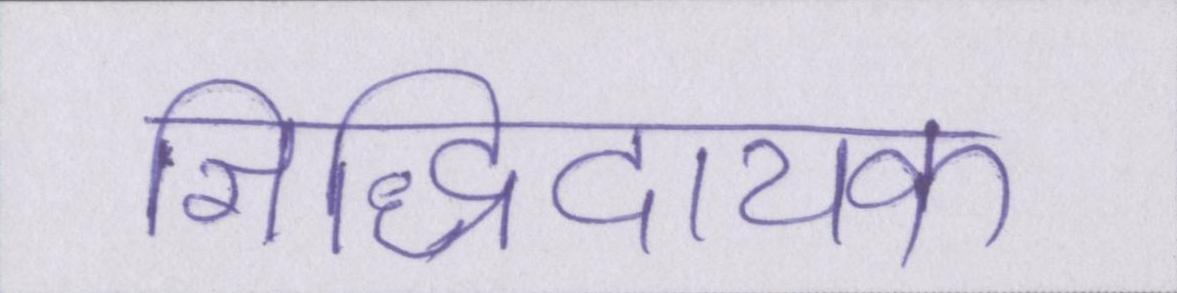
सिद्धिदायक